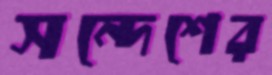
সন্দেশের